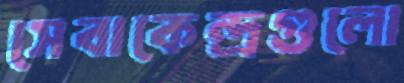
সেবাকেন্দ্রগুলো